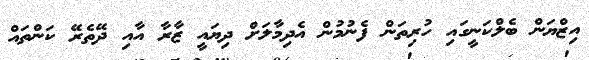
އިޒްޔަން ބެލްކަނީގައި ހުރިތަން ފެނުމުން އެދިމާލަށް ދިޔައީ ޒާރާ އާއި ދޭތެރޭ ކަންތައް